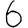
Digit: 6